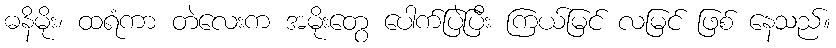
ဓနိမိုး၊ ထရံကာ တဲလေးက အမိုးတွေ ပေါက်ပြဲပြီး ကြယ်မြင် လမြင် ဖြစ် နေသည်။